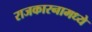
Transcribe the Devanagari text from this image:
राजकारनामध्ये